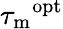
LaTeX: {\tau_{\mathrm{m}}}^{\mathrm{opt}}